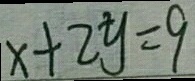
x + 2 y = 9